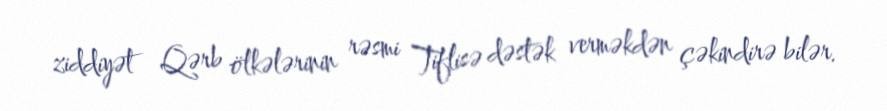
ziddiyət Qərb ölkələrinin rəsmi Tiflisə dəstək verməkdən çəkindirə bilər.